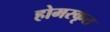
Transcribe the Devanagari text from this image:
होमरकृत